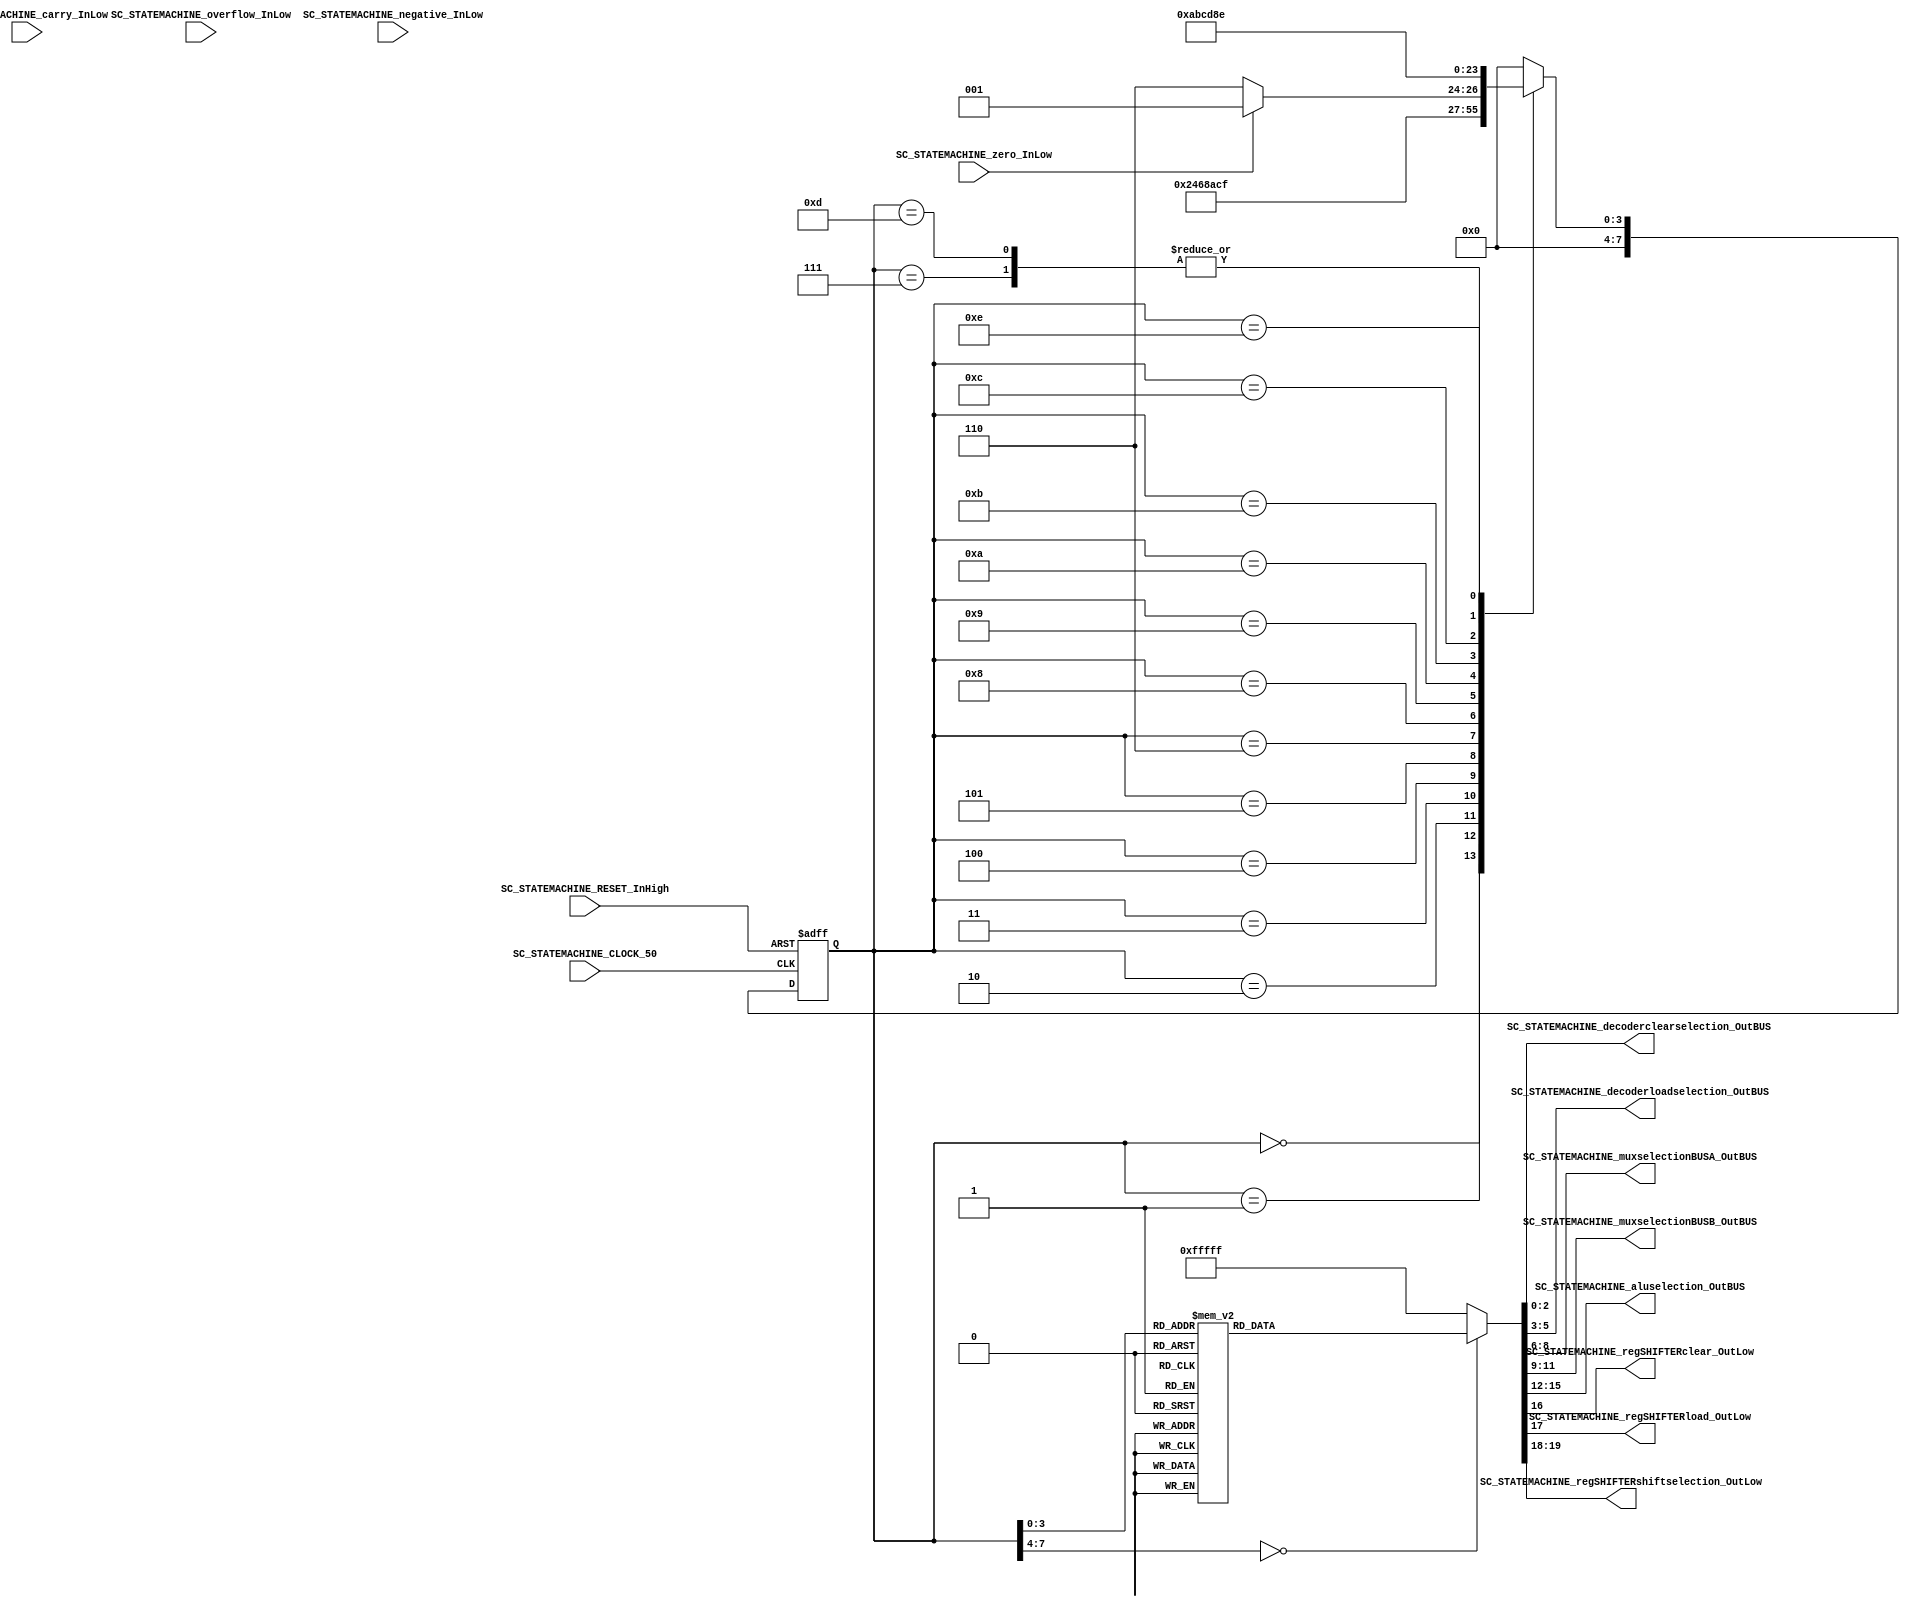
/*######################################################################
//#	G0B1T: HDL EXAMPLES. 2018.
//######################################################################
//# Copyright (C) 2018. F.E.Segura-Quijano (FES) fsegura@uniandes.edu.co
//# 
//# This program is free software: you can redistribute it and/or modify
//# it under the terms of the GNU General Public License as published by
//# the Free Software Foundation, version 3 of the License.
//#
//# This program is distributed in the hope that it will be useful,
//# but WITHOUT ANY WARRANTY; without even the implied warranty of
//# MERCHANTABILITY or FITNESS FOR A PARTICULAR PURPOSE.  See the
//# GNU General Public License for more details.
//#
//# You should have received a copy of the GNU General Public License
//# along with this program.  If not, see <http://www.gnu.org/licenses/>
//####################################################################*/
//=======================================================
//  MODULE Definition
//=======================================================
module SC_STATEMACHINE #(parameter DATAWIDTH_DECODER_SELECTION=3, parameter DATAWIDTH_MUX_SELECTION=3, parameter DATAWIDTH_ALU_SELECTION=4,  parameter DATAWIDTH_REGSHIFTER_SELECTION=2 ) (
	//////////// OUTPUTS //////////
	SC_STATEMACHINE_decoderclearselection_OutBUS,
	SC_STATEMACHINE_decoderloadselection_OutBUS,
	SC_STATEMACHINE_muxselectionBUSA_OutBUS,
	SC_STATEMACHINE_muxselectionBUSB_OutBUS,
	SC_STATEMACHINE_aluselection_OutBUS,
	SC_STATEMACHINE_regSHIFTERclear_OutLow,
	SC_STATEMACHINE_regSHIFTERload_OutLow,
	SC_STATEMACHINE_regSHIFTERshiftselection_OutLow,
	//////////// INPUTS //////////
	SC_STATEMACHINE_CLOCK_50,
	SC_STATEMACHINE_RESET_InHigh,
	SC_STATEMACHINE_overflow_InLow,
	SC_STATEMACHINE_carry_InLow,
	SC_STATEMACHINE_negative_InLow,
	SC_STATEMACHINE_zero_InLow
);	
//=======================================================
//  PARAMETER declarations
//=======================================================
// states declaration
localparam State_RESET_0							= 0;
localparam State_START_0							= 1;
localparam State_MOV_RegGEN2_RegFIX1_0				= 2;
localparam State_MOV_RegGEN2_RegFIX1_1				= 3;
localparam State_MOV_RegGEN2_RegFIX1_2				= 4;
localparam State_MOV_RegGEN3_RegFIX0_0				= 5;
localparam State_MOV_RegGEN3_RegFIX0_1				= 6;
localparam State_MOV_RegGEN3_RegFIX0_2				= 7;
localparam State_DEC_RegGEN2_0						= 8;
localparam State_DEC_RegGEN2_1						= 9;	
localparam State_DEC_RegGEN2_2						= 10;		
localparam State_ADD_RegGEN3_RegGEN3_RegFIX0_0		= 11;		
localparam State_ADD_RegGEN3_RegGEN3_RegFIX0_1		= 12;		
localparam State_ADD_RegGEN3_RegGEN3_RegFIX0_2		= 13;		
localparam State_END_0								= 14;
//=======================================================
//  PORT declarations
//=======================================================
output reg	[DATAWIDTH_DECODER_SELECTION-1:0] SC_STATEMACHINE_decoderclearselection_OutBUS;
output reg	[DATAWIDTH_DECODER_SELECTION-1:0] SC_STATEMACHINE_decoderloadselection_OutBUS;
output reg	[DATAWIDTH_MUX_SELECTION-1:0] SC_STATEMACHINE_muxselectionBUSA_OutBUS;
output reg	[DATAWIDTH_MUX_SELECTION-1:0] SC_STATEMACHINE_muxselectionBUSB_OutBUS;
output reg	[DATAWIDTH_ALU_SELECTION-1:0] SC_STATEMACHINE_aluselection_OutBUS;
output reg	SC_STATEMACHINE_regSHIFTERclear_OutLow;
output reg	SC_STATEMACHINE_regSHIFTERload_OutLow;
output reg	[DATAWIDTH_REGSHIFTER_SELECTION-1:0] SC_STATEMACHINE_regSHIFTERshiftselection_OutLow;
input		SC_STATEMACHINE_CLOCK_50;
input		SC_STATEMACHINE_RESET_InHigh;
input		SC_STATEMACHINE_overflow_InLow;	
input		SC_STATEMACHINE_carry_InLow;	
input		SC_STATEMACHINE_negative_InLow;	
input		SC_STATEMACHINE_zero_InLow;		
//=======================================================
//  REG/WIRE declarations
//=======================================================
reg [7:0] State_Register;
reg [7:0] State_Signal;
//=======================================================
//  Structural coding
//=======================================================
//INPUT LOGIC: COMBINATIONAL
// NEXT STATE LOGIC : COMBINATIONAL
always @(*)
case (State_Register)
//TO INIT REGISTERS
	// 
	State_RESET_0: State_Signal = State_START_0;
	State_START_0: State_Signal = State_MOV_RegGEN2_RegFIX1_0;
	State_MOV_RegGEN2_RegFIX1_0: State_Signal = State_MOV_RegGEN2_RegFIX1_1;
	State_MOV_RegGEN2_RegFIX1_1: State_Signal = State_MOV_RegGEN2_RegFIX1_2;		
	State_MOV_RegGEN2_RegFIX1_2: State_Signal = State_MOV_RegGEN3_RegFIX0_0;
	State_MOV_RegGEN3_RegFIX0_0: State_Signal = State_MOV_RegGEN3_RegFIX0_1;
	State_MOV_RegGEN3_RegFIX0_1: State_Signal = State_MOV_RegGEN3_RegFIX0_2;
	State_MOV_RegGEN3_RegFIX0_2: State_Signal = State_DEC_RegGEN2_0;
	State_DEC_RegGEN2_0: if (SC_STATEMACHINE_zero_InLow == 1) State_Signal = State_DEC_RegGEN2_1;
							else State_Signal = State_END_0;
	State_DEC_RegGEN2_1: State_Signal = State_DEC_RegGEN2_2;
	State_DEC_RegGEN2_2: State_Signal = State_ADD_RegGEN3_RegGEN3_RegFIX0_0;		
	State_ADD_RegGEN3_RegGEN3_RegFIX0_0: State_Signal = State_ADD_RegGEN3_RegGEN3_RegFIX0_1;		
	State_ADD_RegGEN3_RegGEN3_RegFIX0_1: State_Signal = State_ADD_RegGEN3_RegGEN3_RegFIX0_2;				
	State_ADD_RegGEN3_RegGEN3_RegFIX0_2: State_Signal = State_DEC_RegGEN2_0;
	State_END_0: State_Signal = State_END_0;
	default : State_Signal = State_RESET_0;
endcase
	
// STATE REGISTER : SEQUENTIAL
always @ ( posedge SC_STATEMACHINE_CLOCK_50 , posedge SC_STATEMACHINE_RESET_InHigh)
if (SC_STATEMACHINE_RESET_InHigh==1)
	State_Register <= State_RESET_0;
else
	State_Register <= State_Signal;
//=======================================================
//  Outputs
//=======================================================
// OUTPUT LOGIC : COMBINATIONAL
always @ (*)
case (State_Register)
//=========================================================
// RESET STATE
//=========================================================
State_RESET_0 :	
	begin	
	//=========================================================
	// DECODERS. a) LOAD DATA: FROM BUSC TO GENERAL REGISTERS b) CLEAR DATA
	//=========================================================
		// 111 NO GenREG Selected; 000 GenREG_0, ... 011 GenREG_3;
		SC_STATEMACHINE_decoderclearselection_OutBUS = 3'b111;
		// 111 NO GenREG Selected; 000 GenREG_0, ... 011 GenREG_3;
		SC_STATEMACHINE_decoderloadselection_OutBUS = 3'b111;
	//=========================================================
	// READ DATA: FROM REGISTER(FIXED OR GENERAL) TO BUSA or BUS_B or BOTH OF THEM
	//=========================================================
		// TO BUS A: 000 RegGen_0; 001 RegGen_1; 010 RegGen_2; 011 RegGen_3; 100 RegFIX_0; 101 RegFIX_1;110 NA; 111 NA;
		SC_STATEMACHINE_muxselectionBUSA_OutBUS = 3'b111;				
		// TO BUS B: 000 RegGen_0; 001 RegGen_1; 010 RegGen_2; 011 RegGen_3; 100 RegFIX_0; 101 RegFIX_1; 110 NA; 111 NA;
		SC_STATEMACHINE_muxselectionBUSB_OutBUS = 3'b111;				
	//=========================================================
	// ALU OPERATION: 
	//=========================================================
		// 0000 BUSA; 0001 OR; 0010 AND; 0011 NOT A; 0100 XOR; 0101-0111 A; 1000 ADD; 1001 SUB; 1010 INC; 1011 DEC; 1100-1111 A;
		SC_STATEMACHINE_aluselection_OutBUS = 4'b1111;
	//=========================================================
	// SHIFT REGISTER CONTROL: LOAD DATA IN REGSHIFER and REGSHIFER SELECTION
	//=========================================================
		// CLEAR: 1 NO CLEAR; 0 CLEAR;
		SC_STATEMACHINE_regSHIFTERclear_OutLow = 1;
		// LOAD: 1 NO LOAD;  0 LOAD;
		SC_STATEMACHINE_regSHIFTERload_OutLow = 1;
		// SHIFT: 01 ShiftLeft; 10 ShiftRight; 00-11 NOTHING
		SC_STATEMACHINE_regSHIFTERshiftselection_OutLow = 2'b11;
	end
//=========================================================
// START STATE
//=========================================================
State_START_0 :	
	begin	
		SC_STATEMACHINE_decoderclearselection_OutBUS = 3'b111;
		SC_STATEMACHINE_decoderloadselection_OutBUS = 3'b111;
		SC_STATEMACHINE_muxselectionBUSA_OutBUS = 3'b111;
		SC_STATEMACHINE_muxselectionBUSB_OutBUS = 3'b111;
		SC_STATEMACHINE_aluselection_OutBUS = 4'b1111;
		SC_STATEMACHINE_regSHIFTERclear_OutLow = 1;
		SC_STATEMACHINE_regSHIFTERload_OutLow = 1;
		SC_STATEMACHINE_regSHIFTERshiftselection_OutLow = 2'b11;
	end
//=========================================================
// A: 			RegGEN2 = RegFIX1;
//=========================================================
State_MOV_RegGEN2_RegFIX1_0 :	
	begin	
		SC_STATEMACHINE_decoderclearselection_OutBUS = 3'b111;			
		SC_STATEMACHINE_decoderloadselection_OutBUS = 3'b111;
		SC_STATEMACHINE_muxselectionBUSA_OutBUS = 3'b101;				//*
		SC_STATEMACHINE_muxselectionBUSB_OutBUS = 3'b111;				
		SC_STATEMACHINE_aluselection_OutBUS = 4'b0000;					//*
		SC_STATEMACHINE_regSHIFTERclear_OutLow = 1;
		SC_STATEMACHINE_regSHIFTERload_OutLow = 1;						
		SC_STATEMACHINE_regSHIFTERshiftselection_OutLow = 2'b11;		
	end		
State_MOV_RegGEN2_RegFIX1_1 :	
	begin	
		SC_STATEMACHINE_decoderclearselection_OutBUS = 3'b111;
		SC_STATEMACHINE_decoderloadselection_OutBUS = 3'b111;
		SC_STATEMACHINE_muxselectionBUSA_OutBUS = 3'b101;				//*
		SC_STATEMACHINE_muxselectionBUSB_OutBUS = 3'b111;				
		SC_STATEMACHINE_aluselection_OutBUS = 4'b0000;					//*
		SC_STATEMACHINE_regSHIFTERclear_OutLow = 1;
		SC_STATEMACHINE_regSHIFTERload_OutLow = 0;					//*
		SC_STATEMACHINE_regSHIFTERshiftselection_OutLow = 2'b11;		
	end		
State_MOV_RegGEN2_RegFIX1_2 :	
	begin	
		SC_STATEMACHINE_decoderclearselection_OutBUS = 3'b111;
		SC_STATEMACHINE_decoderloadselection_OutBUS = 3'b010;		//*
		SC_STATEMACHINE_muxselectionBUSA_OutBUS = 3'b111;				
		SC_STATEMACHINE_muxselectionBUSB_OutBUS = 3'b111;				
		SC_STATEMACHINE_aluselection_OutBUS = 4'b1111;					
		SC_STATEMACHINE_regSHIFTERclear_OutLow = 1;
		SC_STATEMACHINE_regSHIFTERload_OutLow = 1;					
		SC_STATEMACHINE_regSHIFTERshiftselection_OutLow = 2'b11;		
	end		
//=========================================================
// B: 			RegGEN3 = RegFIX0;
//=========================================================
State_MOV_RegGEN3_RegFIX0_0 :	
	begin	
		SC_STATEMACHINE_decoderclearselection_OutBUS = 3'b111;
		SC_STATEMACHINE_decoderloadselection_OutBUS = 3'b111;
		SC_STATEMACHINE_muxselectionBUSA_OutBUS = 3'b100;				//*
		SC_STATEMACHINE_muxselectionBUSB_OutBUS = 3'b111;				
		SC_STATEMACHINE_aluselection_OutBUS = 4'b0000;					//*
		SC_STATEMACHINE_regSHIFTERclear_OutLow = 1;
		SC_STATEMACHINE_regSHIFTERload_OutLow = 1;						
		SC_STATEMACHINE_regSHIFTERshiftselection_OutLow = 2'b11;		
	end		
State_MOV_RegGEN3_RegFIX0_1 :	
	begin	
		SC_STATEMACHINE_decoderclearselection_OutBUS = 3'b111;
		SC_STATEMACHINE_decoderloadselection_OutBUS = 3'b111;
		SC_STATEMACHINE_muxselectionBUSA_OutBUS = 3'b100;				//*
		SC_STATEMACHINE_muxselectionBUSB_OutBUS = 3'b111;				
		SC_STATEMACHINE_aluselection_OutBUS = 4'b0000;					//*
		SC_STATEMACHINE_regSHIFTERclear_OutLow = 1;
		SC_STATEMACHINE_regSHIFTERload_OutLow = 0;					//*
		SC_STATEMACHINE_regSHIFTERshiftselection_OutLow = 2'b11;		
	end		
State_MOV_RegGEN3_RegFIX0_2 :	
	begin	
		SC_STATEMACHINE_decoderclearselection_OutBUS = 3'b111;
		SC_STATEMACHINE_decoderloadselection_OutBUS = 3'b011;		//*
		SC_STATEMACHINE_muxselectionBUSA_OutBUS = 3'b111;				
		SC_STATEMACHINE_muxselectionBUSB_OutBUS = 3'b111;				
		SC_STATEMACHINE_aluselection_OutBUS = 4'b1111;					
		SC_STATEMACHINE_regSHIFTERclear_OutLow = 1;
		SC_STATEMACHINE_regSHIFTERload_OutLow = 1;					
		SC_STATEMACHINE_regSHIFTERshiftselection_OutLow = 2'b11;		
	end		
//=========================================================
// C. REPEAT:	RegGEN2 = RegGEN2 - 1; 
//=========================================================
State_DEC_RegGEN2_0 :	
	begin	
		SC_STATEMACHINE_decoderclearselection_OutBUS = 3'b111;
		SC_STATEMACHINE_decoderloadselection_OutBUS = 3'b111;
		SC_STATEMACHINE_muxselectionBUSA_OutBUS = 3'b010;				//*
		SC_STATEMACHINE_muxselectionBUSB_OutBUS = 3'b111;				
		SC_STATEMACHINE_aluselection_OutBUS = 4'b1011;					//*
		SC_STATEMACHINE_regSHIFTERclear_OutLow = 1;
		SC_STATEMACHINE_regSHIFTERload_OutLow = 1;						
		SC_STATEMACHINE_regSHIFTERshiftselection_OutLow = 2'b11;		
	end		
State_DEC_RegGEN2_1 :	
	begin	
		SC_STATEMACHINE_decoderclearselection_OutBUS = 3'b111;
		SC_STATEMACHINE_decoderloadselection_OutBUS = 3'b111;
		SC_STATEMACHINE_muxselectionBUSA_OutBUS = 3'b010;				//*
		SC_STATEMACHINE_muxselectionBUSB_OutBUS = 3'b111;				
		SC_STATEMACHINE_aluselection_OutBUS = 4'b1011;					//*
		SC_STATEMACHINE_regSHIFTERclear_OutLow = 1;
		SC_STATEMACHINE_regSHIFTERload_OutLow = 0;					//*
		SC_STATEMACHINE_regSHIFTERshiftselection_OutLow = 2'b11;		
	end		
State_DEC_RegGEN2_2 :	
	begin	
		SC_STATEMACHINE_decoderclearselection_OutBUS = 3'b111;
		SC_STATEMACHINE_decoderloadselection_OutBUS = 3'b010;		//*
		SC_STATEMACHINE_muxselectionBUSA_OutBUS = 3'b111;				
		SC_STATEMACHINE_muxselectionBUSB_OutBUS = 3'b111;				
		SC_STATEMACHINE_aluselection_OutBUS = 4'b1111;					
		SC_STATEMACHINE_regSHIFTERclear_OutLow = 1;
		SC_STATEMACHINE_regSHIFTERload_OutLow = 1;					
		SC_STATEMACHINE_regSHIFTERshiftselection_OutLow = 2'b11;		
	end		
//=========================================================
// D. 				RegGEN3 = RegGEN3 + RegFIX0;
//=========================================================
State_ADD_RegGEN3_RegGEN3_RegFIX0_0 :	
	begin	
		SC_STATEMACHINE_decoderclearselection_OutBUS = 3'b111;
		SC_STATEMACHINE_decoderloadselection_OutBUS = 3'b111;
		SC_STATEMACHINE_muxselectionBUSA_OutBUS = 3'b011;				//*
		SC_STATEMACHINE_muxselectionBUSB_OutBUS = 3'b100;				//*
		SC_STATEMACHINE_aluselection_OutBUS = 4'b1000;					//*
		SC_STATEMACHINE_regSHIFTERclear_OutLow = 1;
		SC_STATEMACHINE_regSHIFTERload_OutLow = 1;						
		SC_STATEMACHINE_regSHIFTERshiftselection_OutLow = 2'b11;		
	end		
State_ADD_RegGEN3_RegGEN3_RegFIX0_1 :	
	begin	
		SC_STATEMACHINE_decoderclearselection_OutBUS = 3'b111;
		SC_STATEMACHINE_decoderloadselection_OutBUS = 3'b111;
		SC_STATEMACHINE_muxselectionBUSA_OutBUS = 3'b011;				//*
		SC_STATEMACHINE_muxselectionBUSB_OutBUS = 3'b100;				//*
		SC_STATEMACHINE_aluselection_OutBUS = 4'b1000;					//*
		SC_STATEMACHINE_regSHIFTERclear_OutLow = 1;
		SC_STATEMACHINE_regSHIFTERload_OutLow = 0;					//*
		SC_STATEMACHINE_regSHIFTERshiftselection_OutLow = 2'b11;		
	end		
State_ADD_RegGEN3_RegGEN3_RegFIX0_2 :	
	begin	
		SC_STATEMACHINE_decoderclearselection_OutBUS = 3'b111;
		SC_STATEMACHINE_decoderloadselection_OutBUS = 3'b011;		//*
		SC_STATEMACHINE_muxselectionBUSA_OutBUS = 3'b111;				
		SC_STATEMACHINE_muxselectionBUSB_OutBUS = 3'b111;				
		SC_STATEMACHINE_aluselection_OutBUS = 4'b1111;					
		SC_STATEMACHINE_regSHIFTERclear_OutLow = 1;
		SC_STATEMACHINE_regSHIFTERload_OutLow = 1;					
		SC_STATEMACHINE_regSHIFTERshiftselection_OutLow = 2'b11;		
	end		
//=========================================================
// END STATE
//=========================================================
State_END_0 :	
	begin	
		SC_STATEMACHINE_decoderclearselection_OutBUS = 3'b111;
		SC_STATEMACHINE_decoderloadselection_OutBUS = 3'b111;
		SC_STATEMACHINE_muxselectionBUSA_OutBUS = 3'b111;				
		SC_STATEMACHINE_muxselectionBUSB_OutBUS = 3'b111;				
		SC_STATEMACHINE_aluselection_OutBUS = 4'b1111;
		SC_STATEMACHINE_regSHIFTERclear_OutLow = 1;
		SC_STATEMACHINE_regSHIFTERload_OutLow = 1;						
		SC_STATEMACHINE_regSHIFTERshiftselection_OutLow = 2'b11;		
	end	
//=========================================================
// DEFAULT
//=========================================================
default:	
	begin	
		SC_STATEMACHINE_decoderclearselection_OutBUS = 3'b111;
		SC_STATEMACHINE_decoderloadselection_OutBUS = 3'b111;
		SC_STATEMACHINE_muxselectionBUSA_OutBUS = 3'b111;
		SC_STATEMACHINE_muxselectionBUSB_OutBUS = 3'b111;
		SC_STATEMACHINE_aluselection_OutBUS = 4'b1111;
		SC_STATEMACHINE_regSHIFTERclear_OutLow = 1;
		SC_STATEMACHINE_regSHIFTERload_OutLow = 1;
		SC_STATEMACHINE_regSHIFTERshiftselection_OutLow = 2'b11;
	end
endcase

endmodule